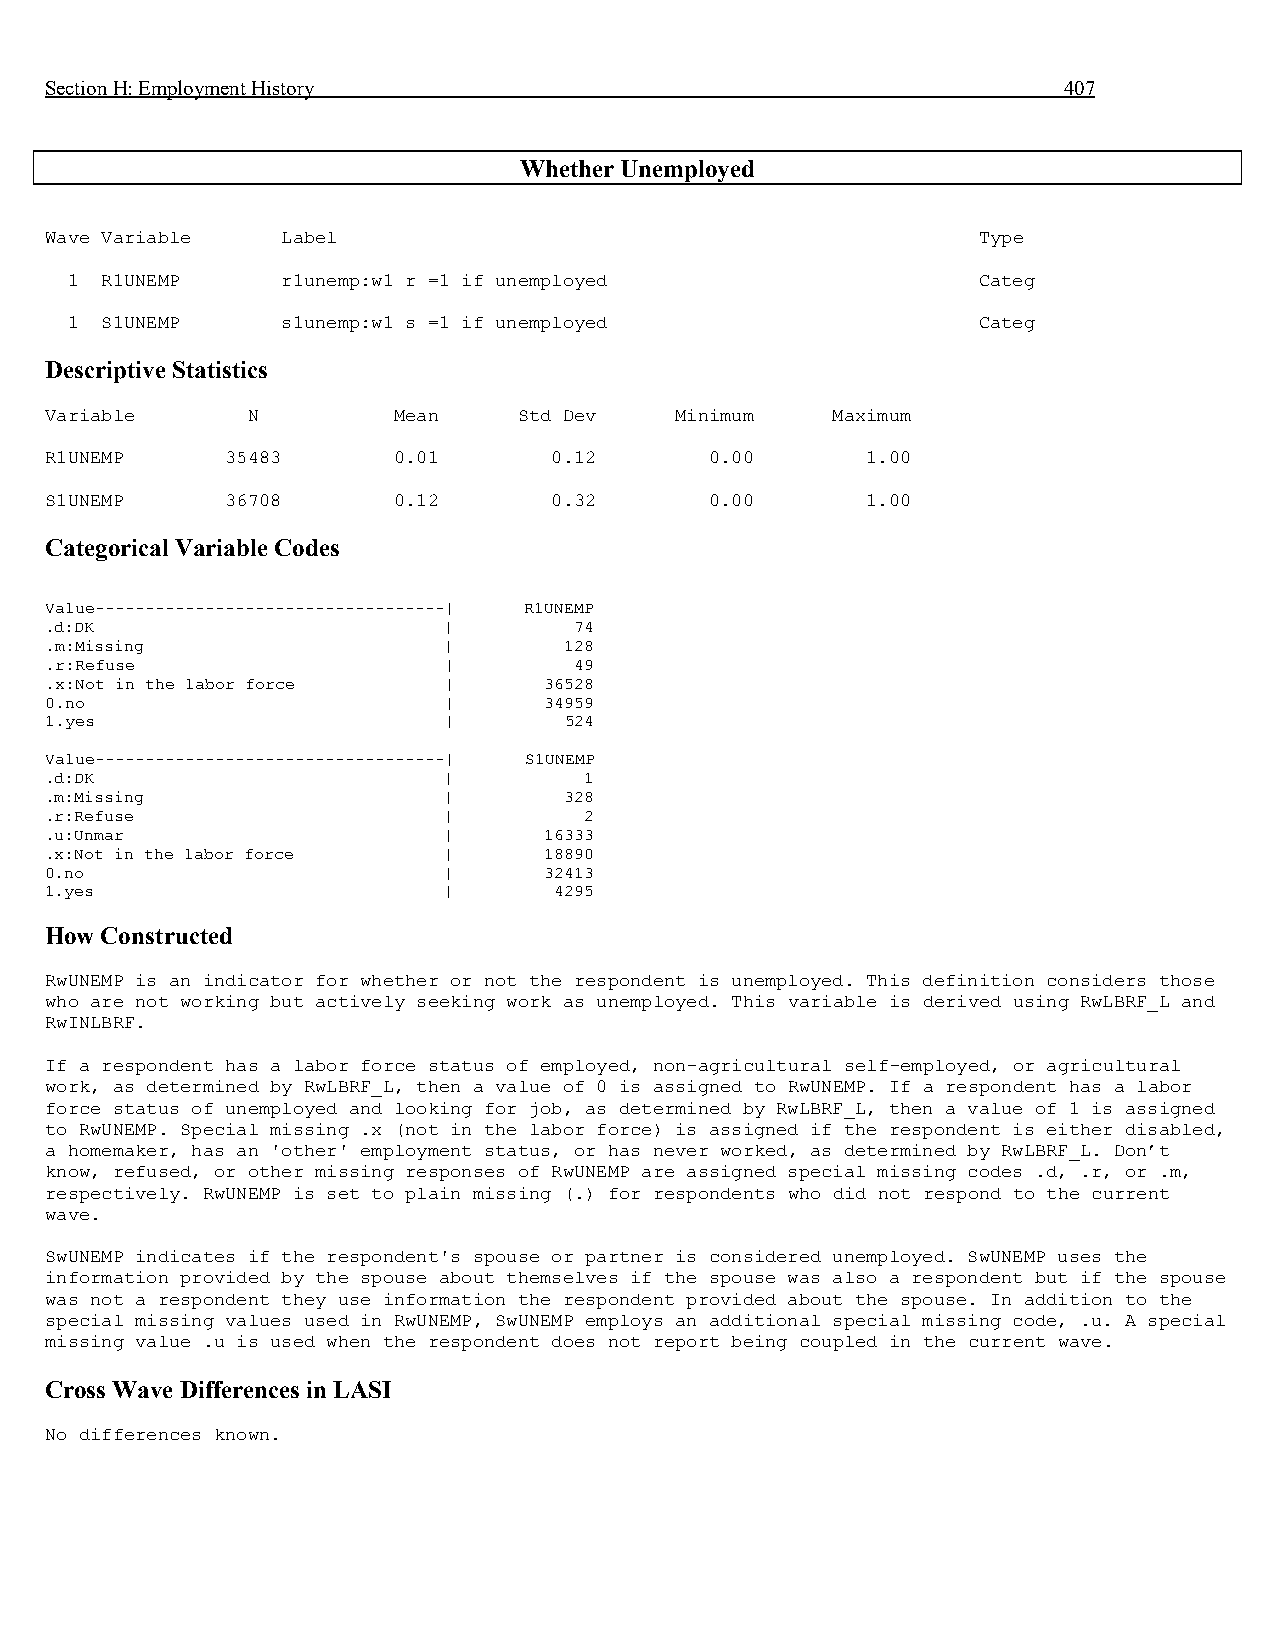
Section H: Employment History                                      407
 Whether Unemployed
 Wave Variable   Label                                         Type
 1  R1UNEMP     r1unemp:w1 r =1 if unemployed                 Categ
 1  S1UNEMP     s1unemp:w1 s =1 if unemployed                 Categ
 Descriptive Statistics
 Variable     N         Mean    Std Dev    Minimum   Maximum
 R1UNEMP     35483      0.01      0.12       0.00      1.00
 S1UNEMP     36708      0.12      0.32       0.00      1.00
 Categorical Variable Codes
 Value-----------------------------------| R1UNEMP
 .d:DK                     |        74
 .m:Missing                |       128
 .r:Refuse                 |        49
 .x:Not in the labor force |      36528
 0.no                      |      34959
 1.yes                     |       524
 Value-----------------------------------| S1UNEMP
 .d:DK                     |         1
 .m:Missing                |       328
 .r:Refuse                 |         2
 .u:Unmar                  |      16333
 .x:Not in the labor force |      18890
 0.no                      |      32413
 1.yes                     |       4295
 How Constructed
 RwUNEMP is an indicator for whether or not the respondent is unemployed. This definition considers those
 who are not working but actively seeking work as unemployed. This variable is derived using RwLBRF_L and
 RwINLBRF.
 If a respondent has a labor force status of employed, non-agricultural self-employed, or agricultural
 work, as determined by RwLBRF_L, then a value of 0 is assigned to RwUNEMP. If a respondent has a labor
 force status of unemployed and looking for job, as determined by RwLBRF_L, then a value of 1 is assigned
 to RwUNEMP. Special missing .x (not in the labor force) is assigned if the respondent is either disabled,
 a homemaker, has an 'other' employment status, or has never worked, as determined by RwLBRF_L. Don’t
 know, refused, or other missing responses of RwUNEMP are assigned special missing codes .d, .r, or .m,
 respectively. RwUNEMP is set to plain missing (.) for respondents who did not respond to the current
 wave.
 SwUNEMP indicates if the respondent's spouse or partner is considered unemployed. SwUNEMP uses the
 information provided by the spouse about themselves if the spouse was also a respondent but if the spouse
 was not a respondent they use information the respondent provided about the spouse. In addition to the
 special missing values used in RwUNEMP, SwUNEMP employs an additional special missing code, .u. A special
 missing value .u is used when the respondent does not report being coupled in the current wave.
 Cross Wave Differences in LASI
 No differences known.